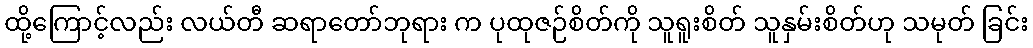
ထို့ကြောင့်လည်း လယ်တီ ဆရာတော်ဘုရား က ပုထုဇဉ်စိတ်ကို သူရူးစိတ် သူနှမ်းစိတ်ဟု သမုတ် ခြင်း